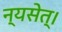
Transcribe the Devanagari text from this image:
न्यसेत्‌।